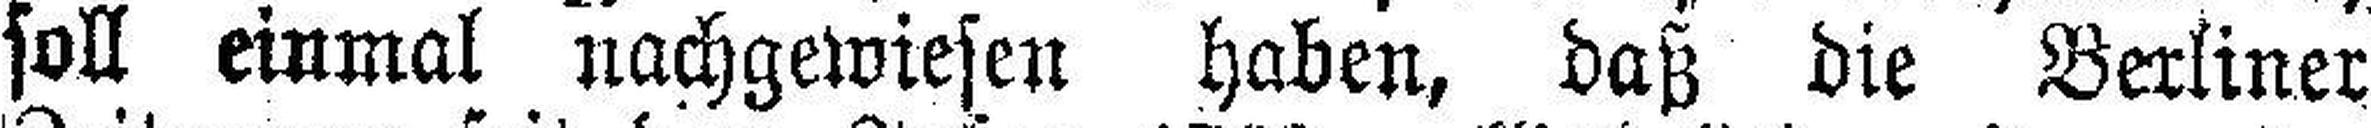
soll einmal nachgewiesen haben, daß die Berliner